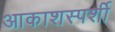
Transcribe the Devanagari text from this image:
आकाशस्पर्शी